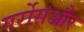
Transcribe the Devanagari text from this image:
गर्रोसऔर